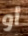
أو